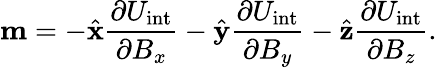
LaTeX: \mathbf{m}=-{\hat{\mathbf{x}}}{\frac{\partial U_{\mathrm{{int}}}}{\partial B_{x}}}-{\hat{\mathbf{y}}}{\frac{\partial U_{\mathrm{{int}}}}{\partial B_{y}}}-{\hat{\mathbf{z}}}{\frac{\partial U_{\mathrm{{int}}}}{\partial B_{z}}}.